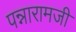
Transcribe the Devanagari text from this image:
पन्नारामजी